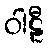
ဝါဠီ